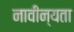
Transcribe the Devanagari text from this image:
नावीन्यता